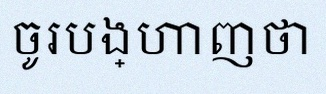
ចូរបង្ហាញថា